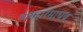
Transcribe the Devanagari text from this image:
व्यवहारमाधव